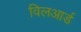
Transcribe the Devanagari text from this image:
विलआर्ड